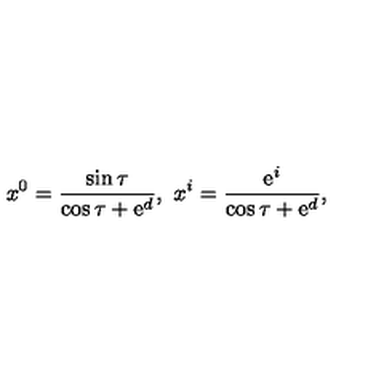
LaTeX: x ^ { 0 } = \frac { \sin \tau } { \cos \tau + \mathrm { e } ^ { d } } , \ x ^ { i } = \frac { \mathrm { e } ^ { i } } { \cos \tau + \mathrm { e } ^ { d } } ,